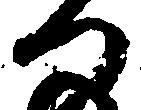
つ